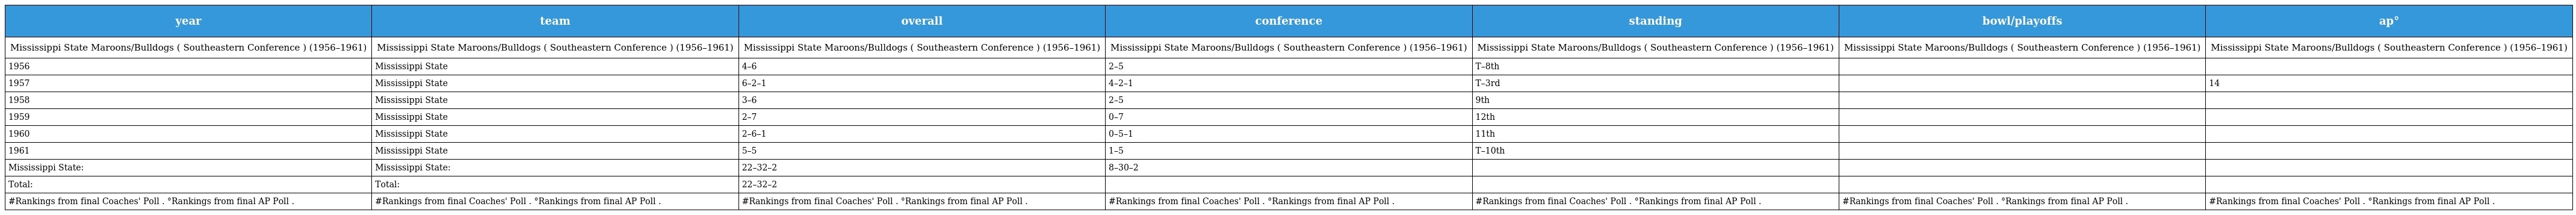
| year | team | overall | conference | standing | bowl/playoffs | ap° |
 | --- | --- | --- | --- | --- | --- | --- |
 | Mississippi State Maroons/Bulldogs ( Southeastern Conference ) (1956–1961) | Mississippi State Maroons/Bulldogs ( Southeastern Conference ) (1956–1961) | Mississippi State Maroons/Bulldogs ( Southeastern Conference ) (1956–1961) | Mississippi State Maroons/Bulldogs ( Southeastern Conference ) (1956–1961) | Mississippi State Maroons/Bulldogs ( Southeastern Conference ) (1956–1961) | Mississippi State Maroons/Bulldogs ( Southeastern Conference ) (1956–1961) | Mississippi State Maroons/Bulldogs ( Southeastern Conference ) (1956–1961) |
 | 1956 | Mississippi State | 4–6 | 2–5 | T–8th |  |  |
 | 1957 | Mississippi State | 6–2–1 | 4–2–1 | T–3rd |  | 14 |
 | 1958 | Mississippi State | 3–6 | 2–5 | 9th |  |  |
 | 1959 | Mississippi State | 2–7 | 0–7 | 12th |  |  |
 | 1960 | Mississippi State | 2–6–1 | 0–5–1 | 11th |  |  |
 | 1961 | Mississippi State | 5–5 | 1–5 | T–10th |  |  |
 | Mississippi State: | Mississippi State: | 22–32–2 | 8–30–2 |  |  |  |
 | Total: | Total: | 22–32–2 |  |  |  |  |
 | #Rankings from final Coaches' Poll . °Rankings from final AP Poll . | #Rankings from final Coaches' Poll . °Rankings from final AP Poll . | #Rankings from final Coaches' Poll . °Rankings from final AP Poll . | #Rankings from final Coaches' Poll . °Rankings from final AP Poll . | #Rankings from final Coaches' Poll . °Rankings from final AP Poll . | #Rankings from final Coaches' Poll . °Rankings from final AP Poll . | #Rankings from final Coaches' Poll . °Rankings from final AP Poll . |